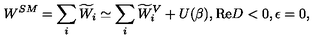
W ^ { S M } = \sum _ { i } \widetilde { W } _ { i } \simeq \sum _ { i } \widetilde { W } _ { i } ^ { V } + U ( \beta ) , \mathrm { R e } D < 0 , \epsilon = 0 ,